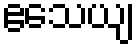
ဧသေယျ